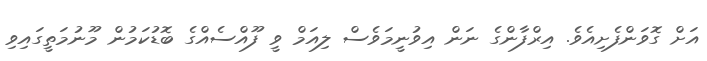
އަށް ގޮވަންފެށިއެވެ. އިރްފާންގެ ނަން އިވުނީމަވެސް ލިއަމް ވީ ފޫއްސެއްގެ ބޮޑުކަމުން މޫނުމަތީގައިވި